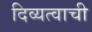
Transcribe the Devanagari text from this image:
दिव्यत्वाची